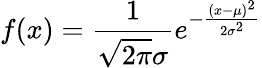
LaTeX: f(x)={\frac{1}{{\sqrt{2\pi}}\sigma}}e^{-{\frac{(x-\mu)^{2}}{2\sigma^{2}}}}